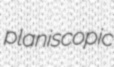
planiscopic